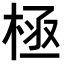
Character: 𣒝